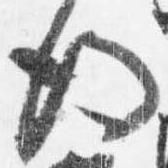
後